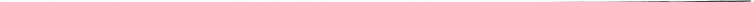
_